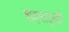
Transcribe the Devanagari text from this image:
शहरातुनही